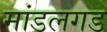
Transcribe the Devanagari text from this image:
मांडलगड